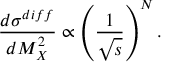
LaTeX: \frac { d \sigma ^ { d i f f } } { d M _ { X } ^ { 2 } } \propto \left( \frac { 1 } { \sqrt { s } } \right) ^ { N } .